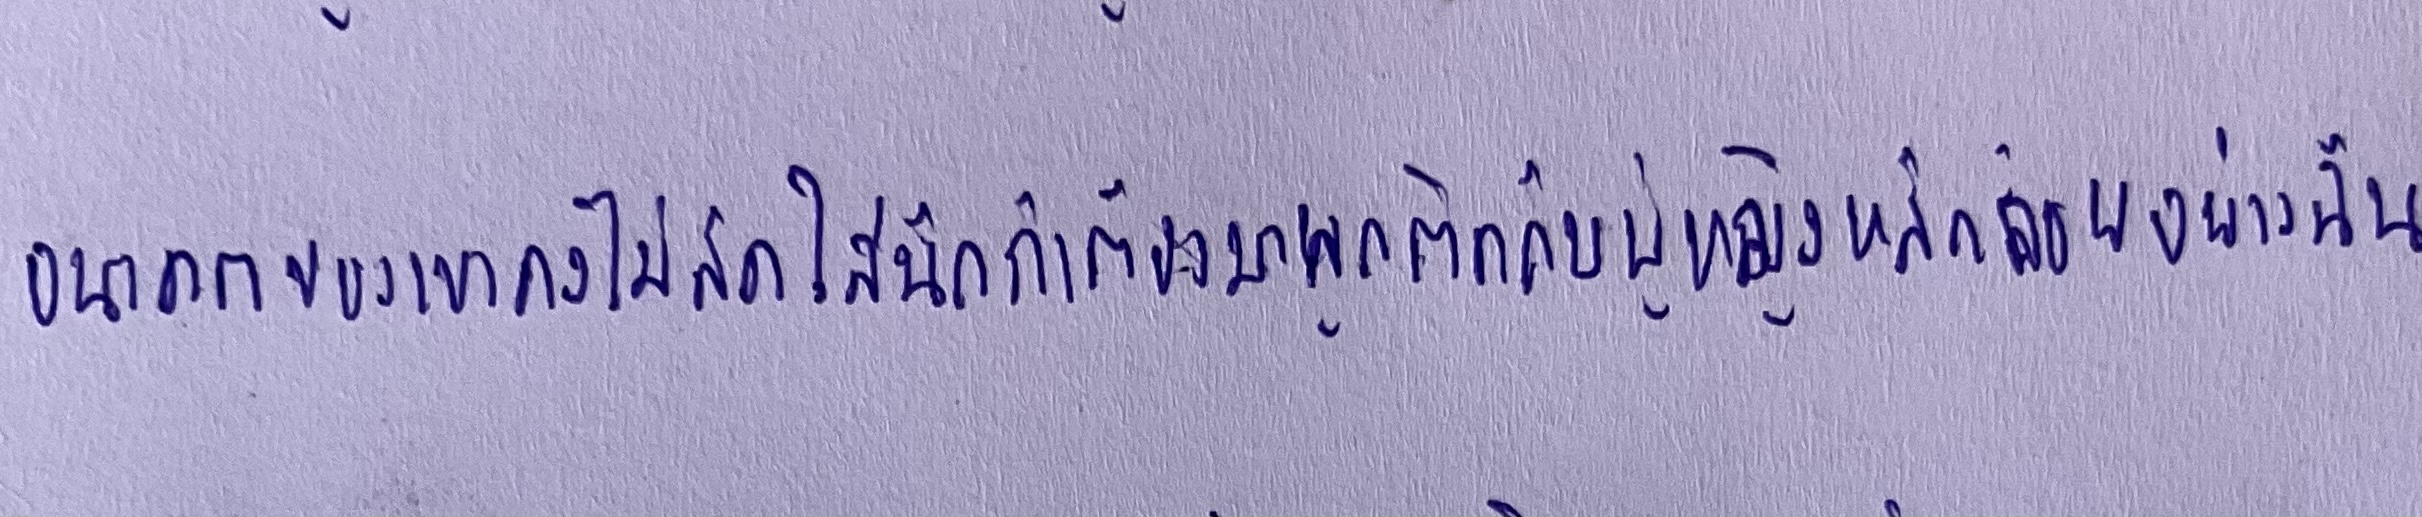
อนาคตของเขาคงไม่สดใสนักถ้าต้องมาผูกติดกับผู้หญิงหลักลอยอย่างฉัน